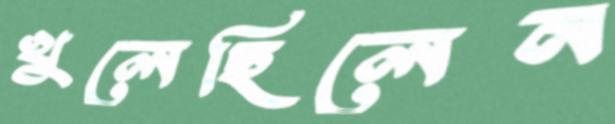
খুলেছিলেন